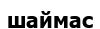
шаймас